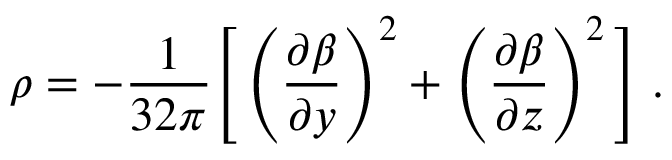
\rho = - \frac { 1 } { 3 2 \pi } \Bigg [ \left( \frac { \partial \beta } { \partial y } \right) ^ { 2 } + \left( \frac { \partial \beta } { \partial z } \right) ^ { 2 } \Bigg ] \; .